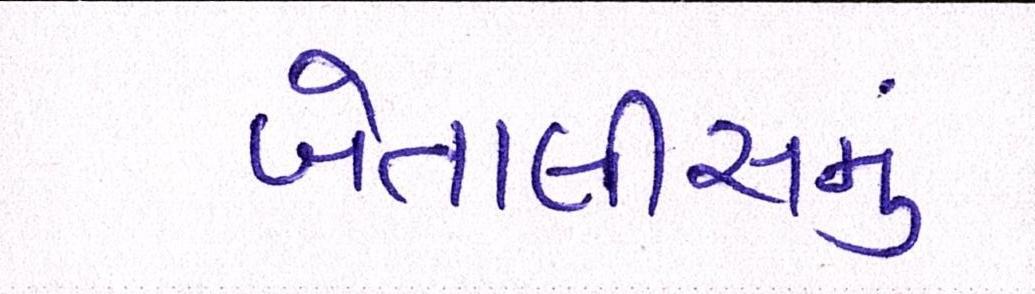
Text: બેતાલીસમું